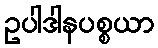
ဥပါဒါနပစ္စယာ